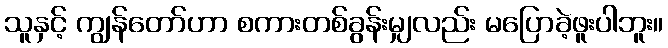
သူနှင့် ကျွန်တော်ဟာ စကားတစ်ခွန်းမျှလည်း မပြောခဲ့ဖူးပါဘူး။